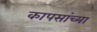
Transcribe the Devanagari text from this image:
कापसांच्या